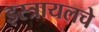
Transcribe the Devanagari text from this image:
इस्त्रायलचे